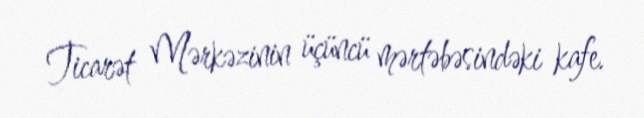
Ticarət Mərkəzinin üçüncü mərtəbəsindəki kafe.